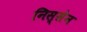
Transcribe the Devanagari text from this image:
निस्सेन